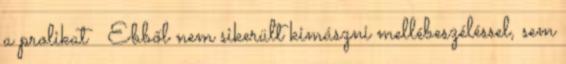
a prolikat 🙂 Ebből nem sikerült kimászni mellébeszéléssel, sem